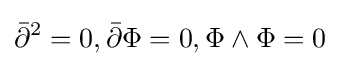
{\bar {\partial }}^{2}=0,{\bar {\partial }}\Phi =0,\Phi \wedge \Phi =0